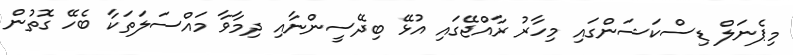
މިޕެނަލް ޑިސްކަޝަންގައި މިހާރު ރާއްޖޭގައި އުޅޭ ބިދޭސީންނާއި ދިމާވާ މައްސަލަތަކާ ބެހޭ ގޮތުން